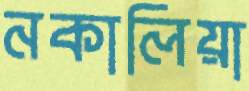
নকালিয়া